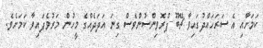
ކަމަށާއި އެ ސަރަހައްދުގައިވާ ޗޭބޫ ޕްރޮވިންސުންވެސް ގިނަ އަދަދެއްގެ މީހުން މަރުވެފައިވާ ކަމަށެވެ.